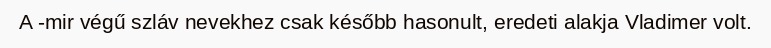
A -mir végű szláv nevekhez csak később hasonult, eredeti alakja Vladimer volt.